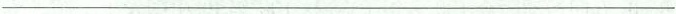
___